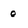
Character: 0